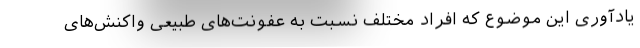
یادآوری این موضوع که افراد مختلف نسبت به عفونت‌های طبیعی واکنش‌های